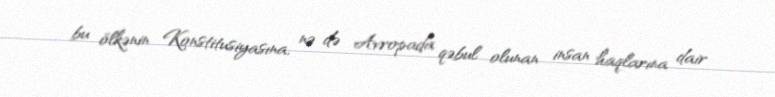
bu ölkənin Konstitusiyasına, nə də Avropada qəbul olunan insan haqlarına dair